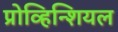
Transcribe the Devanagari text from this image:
प्रोव्हिन्शियल